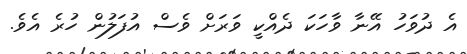
އެ ދުވަހު އޭނާ ވާހަކަ ދެއްކީ ވަރަށް ވެސް އުފަލުން ހުރެ އެވެ.